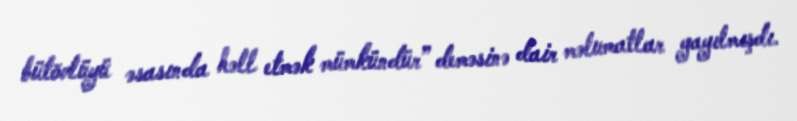
bütövlüyü əsasında həll etmək mümkündür” deməsinə dair məlumatlar yayılmışdı.